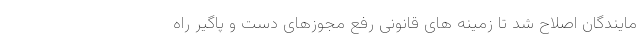
مایندگان اصلاح شد تا زمینه های قانونی رفع مجوزهای دست و پاگیر راه